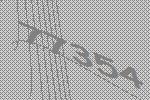
77354